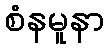
စံနမူနာ